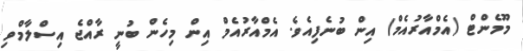
މޫމެންޓް (އެމްއާރުއެމް) އިން ބުނެފިއެވެ. އެމްއާރުއެމް އިން މިހެން ބުނީ ރާއްޖެ އިސްލާމްވި